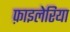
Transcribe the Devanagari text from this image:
फ़ाइलेरिया